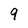
Character: 9